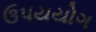
ઉપયયોગ